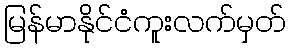
မြန်မာနိုင်ငံကူးလက်မှတ်